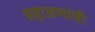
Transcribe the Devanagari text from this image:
सहाजणांची